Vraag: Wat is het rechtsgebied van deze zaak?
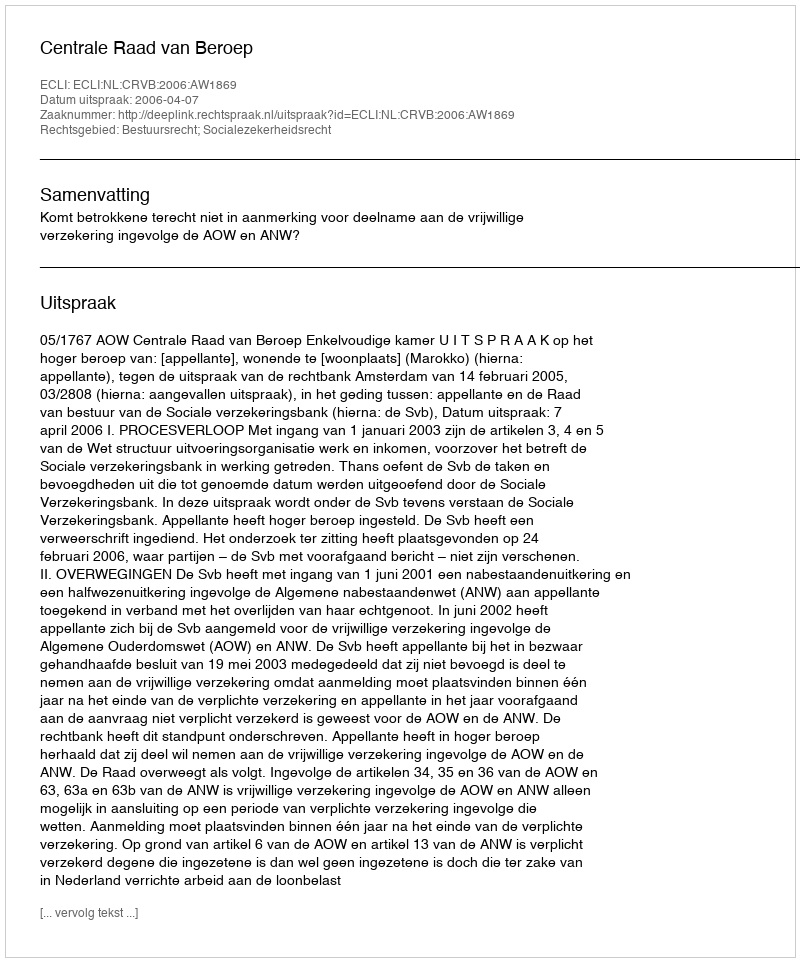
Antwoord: Bestuursrecht; Socialezekerheidsrecht